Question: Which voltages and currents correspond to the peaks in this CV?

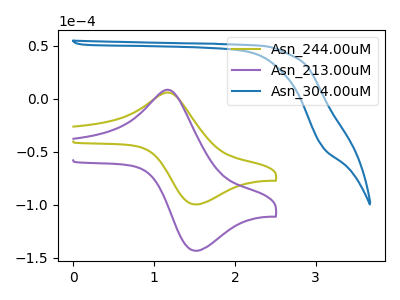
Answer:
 <answer>The olive curve "Asn_244.00uM" has an anodic peak at (1.20V, 5.65uA) and a cathodic peak at (1.50V, -99.65uA). The purple curve "Asn_213.00uM" has an anodic peak at (1.20V, 8.15uA) and a cathodic peak at (1.50V, -143.40uA). The blue curve "Asn_304.00uM" has no peaks.</answer>
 <eval></eval>